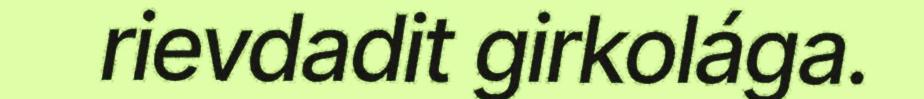
rievdadit girkolága.